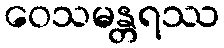
ဝေသမန္တရဿ